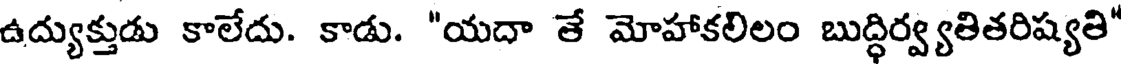
ఉద్యుక్తుడు కాలేదు. కాడు. "యదా తే మోహాకలిలం బుద్ధిర్వ్యతితరిష్యతి'